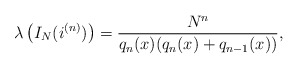
\begin{align*}\lambda \left(I_N (i^{(n)})\right) = \frac{N^n}{q_n(x)(q_n(x)+q_{n-1}(x))},\end{align*}